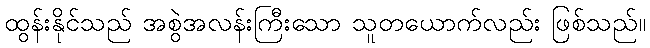
ထွန်းနိုင်သည် အစွဲအလန်းကြီးသော သူတယောက်လည်း ဖြစ်သည်။